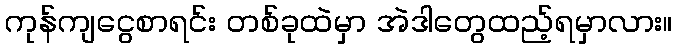
ကုန်ကျငွေစာရင်း တစ်ခုထဲမှာ အဲဒါတွေထည့်ရမှာလား။